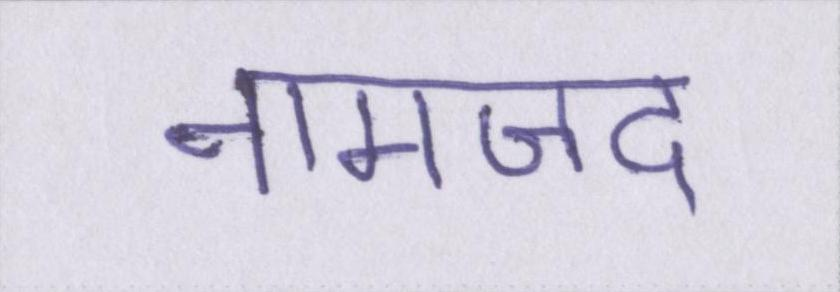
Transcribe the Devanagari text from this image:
नामजद